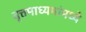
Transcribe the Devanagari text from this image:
वृत्तमाध्यमांमध्ये